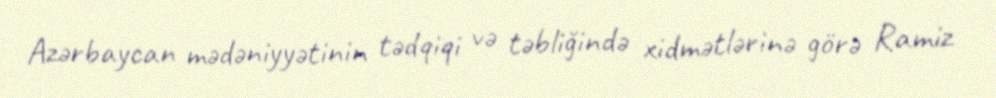
Azərbaycan mədəniyyətinin tədqiqi və təbliğində xidmətlərinə görə Ramiz